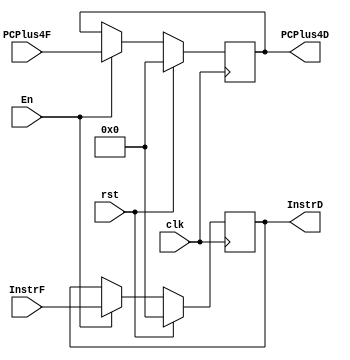
module RegD(
  input               clk, rst, En,
  input       [31:0]  InstrF, PCPlus4F,
  output  reg [31:0]  InstrD, PCPlus4D
  );
  
  initial
  begin
    InstrD <= 0;
    PCPlus4D <= 0;
  end
  
  always @(posedge clk)
    if (rst)
    begin
      InstrD <= 0;
      PCPlus4D <= 0;
    end
    else if (En)
    begin
      InstrD <= InstrF;
      PCPlus4D <= PCPlus4F;
    end
    else
    begin
      InstrD <= InstrD;
      PCPlus4D <= PCPlus4D;
    end
  
endmodule